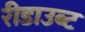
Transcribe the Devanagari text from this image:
रीडाउब्ट